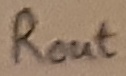
Text: ROUT